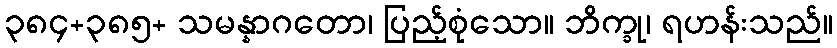
၃၈၄+၃၈၅+ သမန္နာဂတော၊ ပြည့်စုံသော။ ဘိက္ခု၊ ရဟန်းသည်။